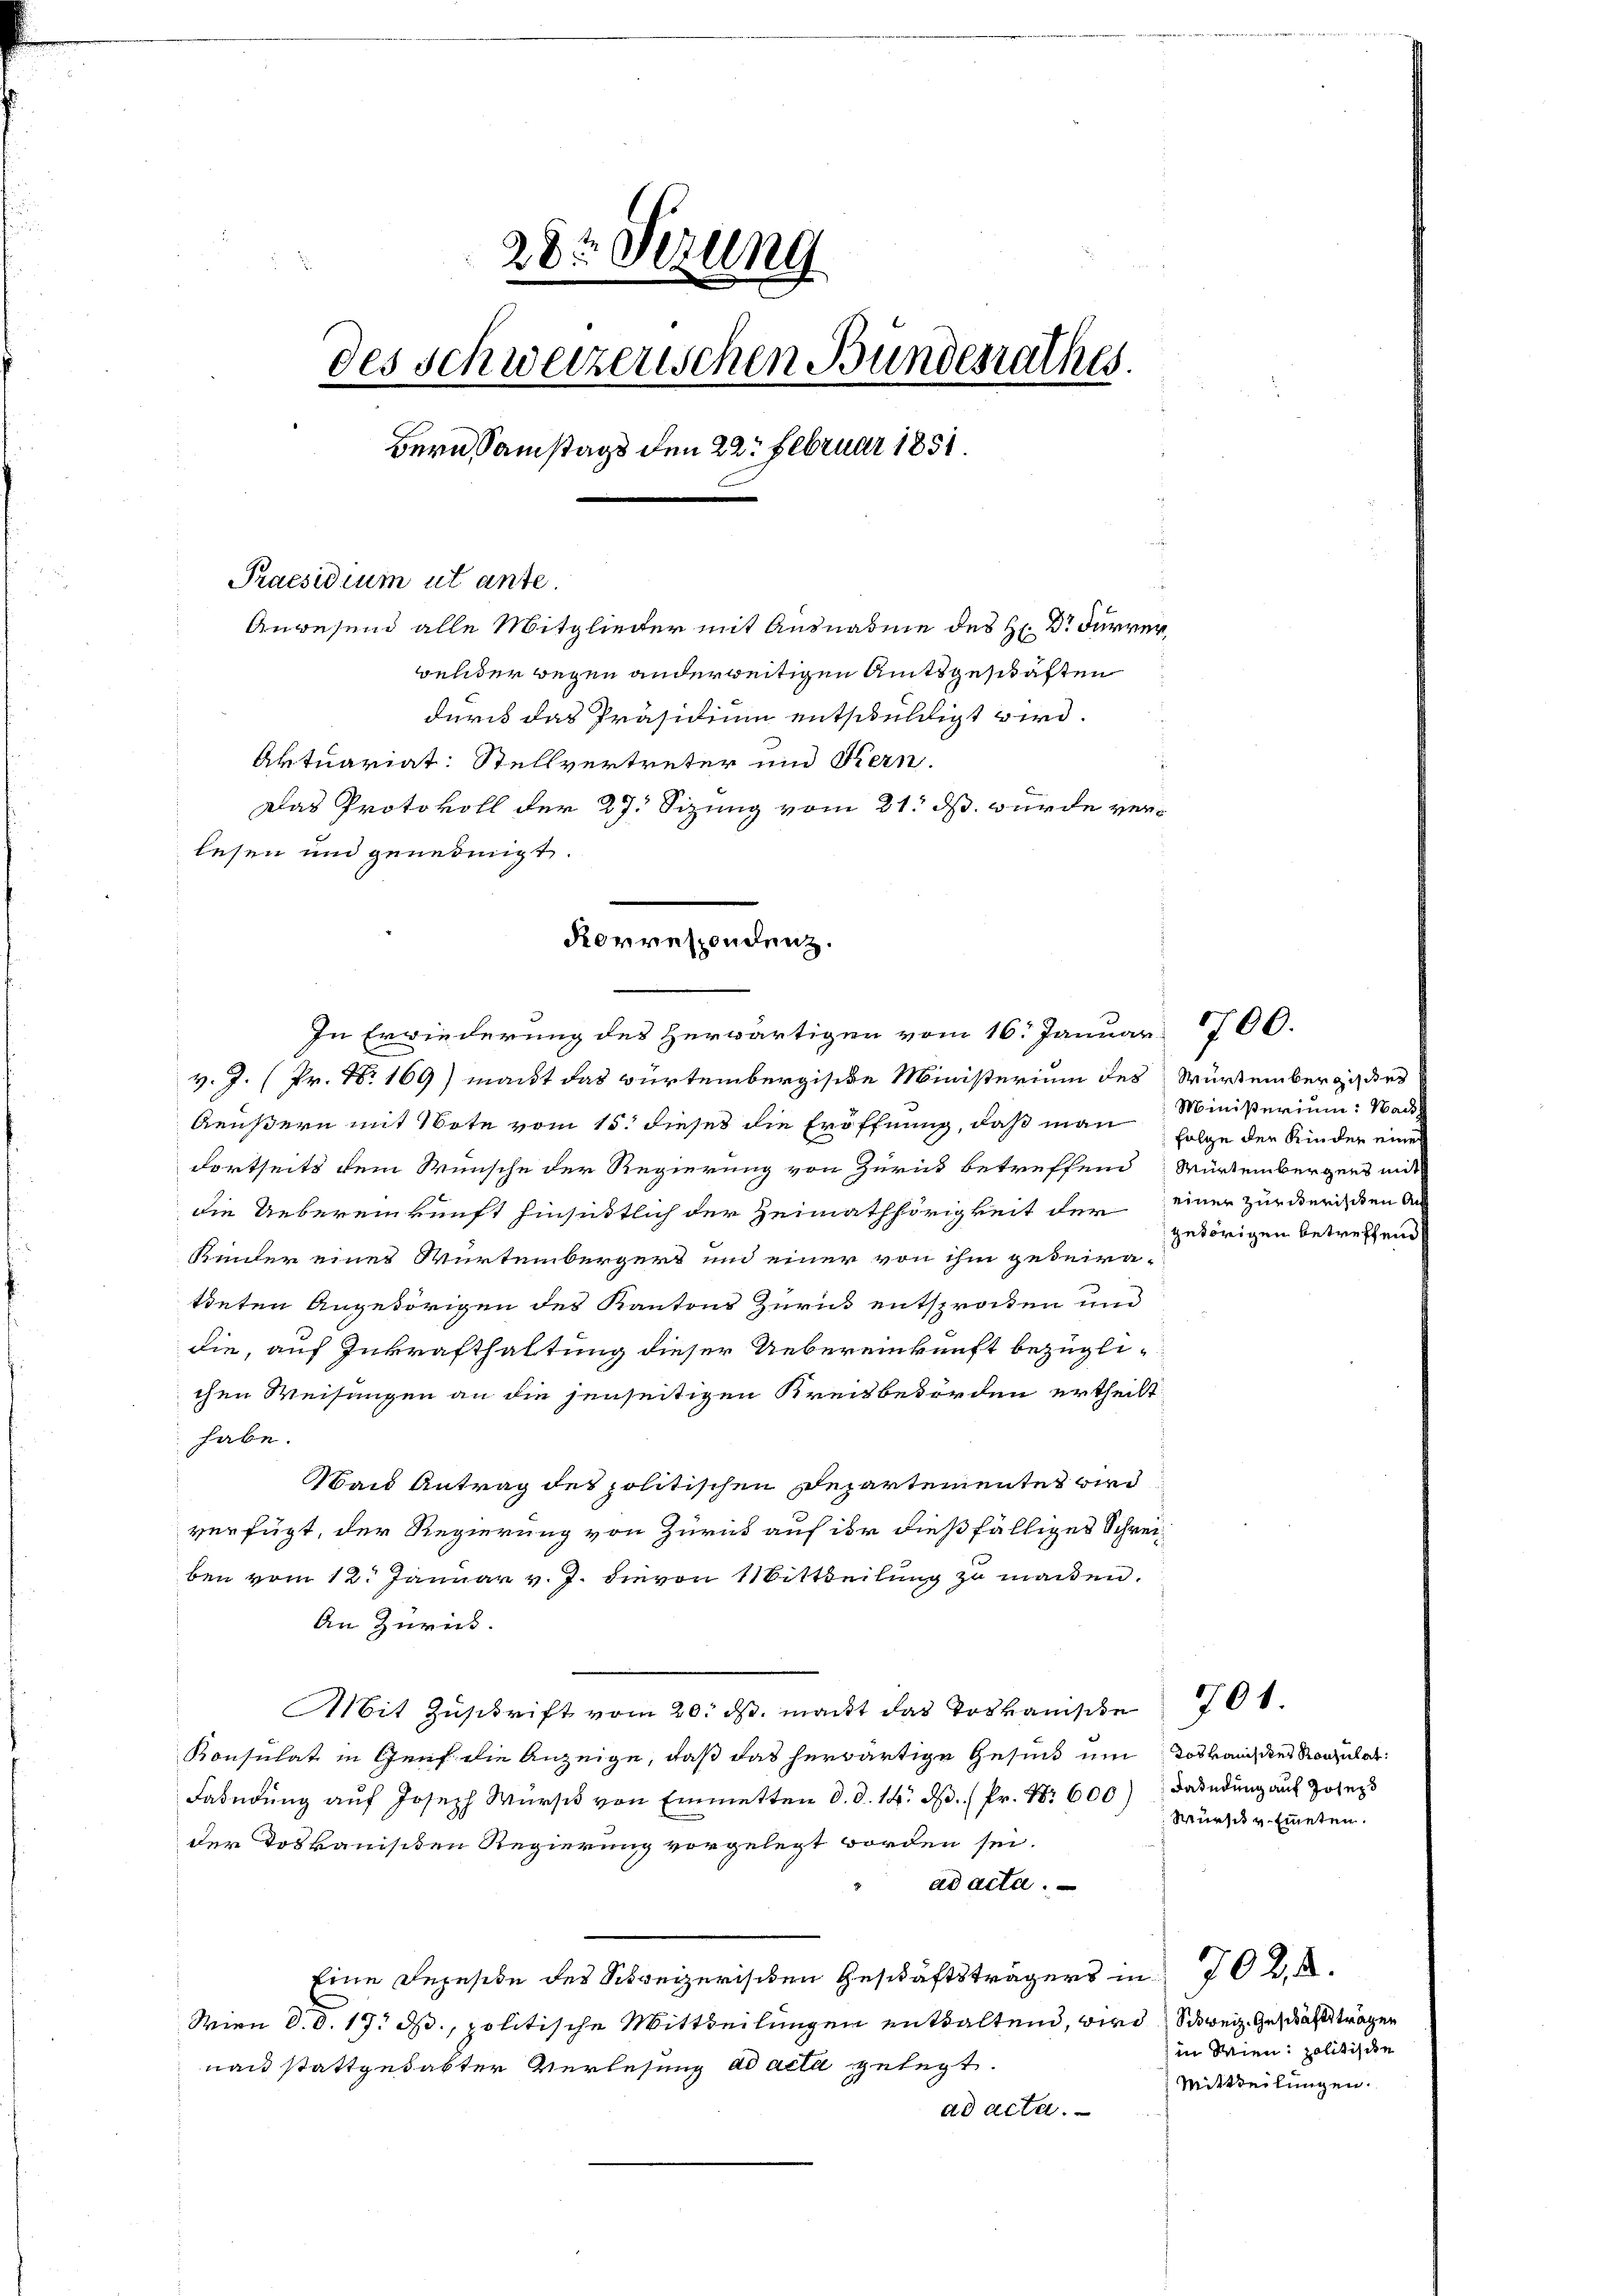
28t Sezung
des Schweizerischen Bundesrathes.
Bern Samstags den 22. Februar 1851.
Praesidium ut ante.
Anwesend alle Mitglieder mit Ausnahme des Hr. Dr Furrer,
belder wegen anderweitigen Amtsgeschäften
durch das Präsidium entschuldigt wird.
Aktuariat: Stellvertreter und Kern-
Das Protokoll der 27. Sizung vom 21. ds. wurde verlesen und genehmigt.
.

Korrespondenz.
In Erwiederung des Herwärtigen vom 16. Januar

v. J. (Pr. N. 169) macht das Bürtembergisive Ministerium des Würtembergisses
Aeußern mit Note vom 15. dieses die Eröffnung, daß man Folge der Kinder eine
dortseits dem Wunsche der Regierung von Zürick betreffend Würtembergers mit
die Uebereinkunft hinsittlich der Heimathörigkeit der einer Zürderischen An
kinter eines Würtembergert und einer von ihm gedeiratteten Angehörigen des Kantons Zurück entsprakten und
die, auf Inkrafthaltung dieser Uebereinkunft bezüglichen Weisungen an die jenseitigen Kreitbeworden ertheilt
habe.
Waid Antrag des politischen Departementes wird
verfügt, der Regierung von Zürich auf ihr dießfälliges Schreiben vom 12. Januar v. J. hievon 11 Bitteilung zu machen.
An Zürich.
Mit Zuschrift vom 20. ds. macht das Loskanische
Konsulat in Genf die Anzeige, daß das herwärtige Gesind um Totbander Regulat
Fahndung auf Joseph Würsch von Einmetten d. d. 14. M. (Pr. Nr. 600) Dandung auf Josep
der Toskanisiten Regierung vorgelegt worden sei.
ad acta.
Eine Depesede des Schweizerischen Geschäftsträgers in 70 K. A.
Wien d. d. 17. ds., politische Mittheilungen enthaltend, wird Schweiz. Geschäftsträger
nac stattgehabter Verlesung ad acta gelegt.
ad acta.

Ministerium: Nach
getörigen betreffend

700.

Würsch v. Eineten.

701.

in Wien politische
Mittheilungen.